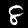
Digit: 8